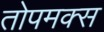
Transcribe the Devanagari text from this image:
तोपमक्स